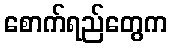
စောက်ရည်တွေက